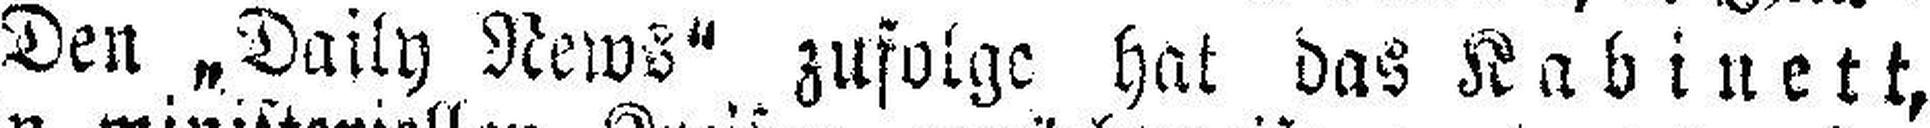
Den „Daily News“ zufolge hat das Kabinett,